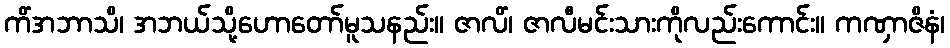
ကိံအဘာသိ၊ အဘယ်သို့ဟောတော်မူသနည်း။ ဇာလိံ၊ ဇာလီမင်းသားကိုလည်းကောင်း။ ကဏှာဇိနံ၊